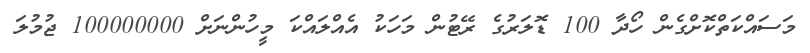
މަސައްކަތްކޮށްގެން ހޯދާ 100 ޑޮލަރުގެ ރޭޓުން މަހަކު އެއްލައްކަ މީހުންނަށް 100000000 ޖުމުލަ